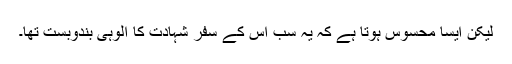
لیکن ایسا محسوس ہوتا ہے کہ یہ سب اس کے سفر شہادت کا اُلوہی بندوبست تھا۔